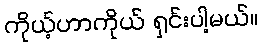
ကိုယ့်ဟာကိုယ် ရှင်းပါ့မယ်။